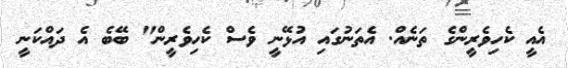
އެއީ ކެހިވެރީންގެ ތަނެއް. އެތަނުގައި އުޅޭނީ ވެސް ކެހިވެރީން" ބޭބެ އެ ދައްކަނީ